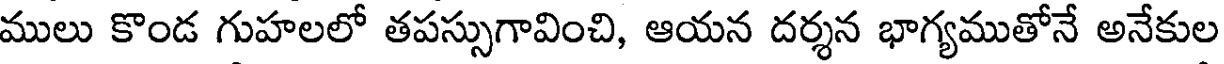
ములు కొండ గుహలలో తపస్సుగావించి, ఆయన దర్శన భాగ్యముతోనే అనేకుల